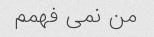
من نمی فهمم